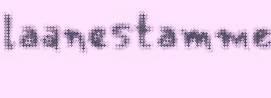
laanestamme